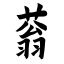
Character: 蓊